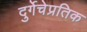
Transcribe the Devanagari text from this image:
दुर्गेचेप्रतिक